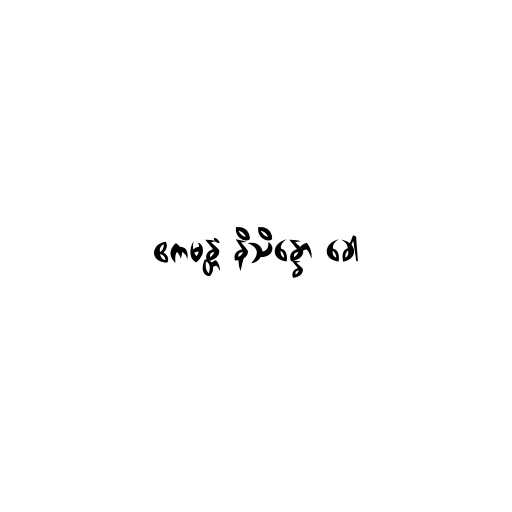
ဧကမန္တံ နိသိန္နော ခေါ